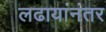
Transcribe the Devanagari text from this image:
लढायांनंतर